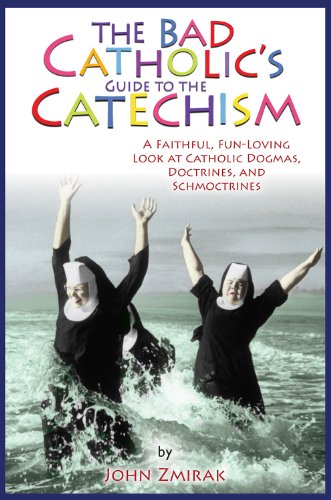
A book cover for The Bad Catholic's Guide to the Catechism: A Faithful, Fun-Loving Look at Catholic Dogmas, Doctrines, and Schmoctrines (Bad Catholic's guides); John Zmirak; Humor & Entertainment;